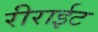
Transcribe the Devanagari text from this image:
रीराईट